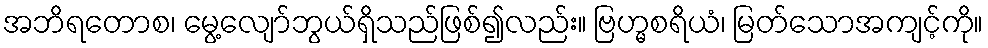
အဘိရတောစ၊ မွေ့လျော်ဘွယ်ရှိသည်ဖြစ်၍လည်း။ ဗြဟ္မစရိယံ၊ မြတ်သောအကျင့်ကို။